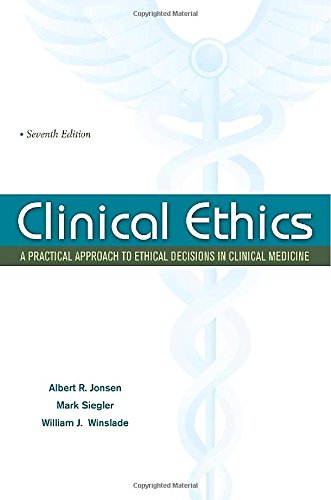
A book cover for Clinical Ethics:  A Practical Approach to Ethical Decisions in Clinical Medicine, Seventh Edition (LANGE Clinical Science); Albert Jonsen; Medical Books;